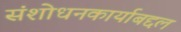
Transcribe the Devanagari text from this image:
संशोधनकार्याबद्दल